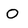
Character: O